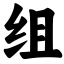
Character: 组